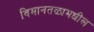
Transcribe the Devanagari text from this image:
विमानतळामधील